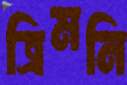
ত্রিমনি